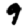
Digit: 9